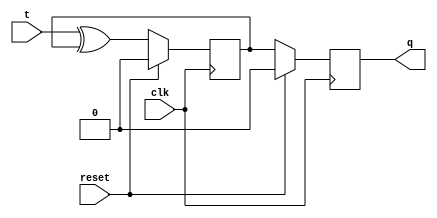
module t_ff(input wire clk, input wire reset, input wire t, output reg q);
    reg d1, d2;

    always @ (posedge clk) begin
        if (reset) begin
            d1 <= 1'b0;
        end else begin
            d1 <= t ^ d1;
        end
    end

    always @ (negedge clk) begin
        if (reset) begin
            d2 <= 1'b0;
        end else begin
            d2 <= d1;
        end
    end

    assign q = d2;
endmodule